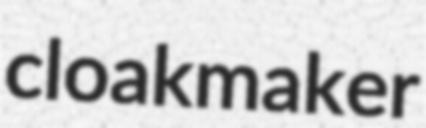
cloakmaker